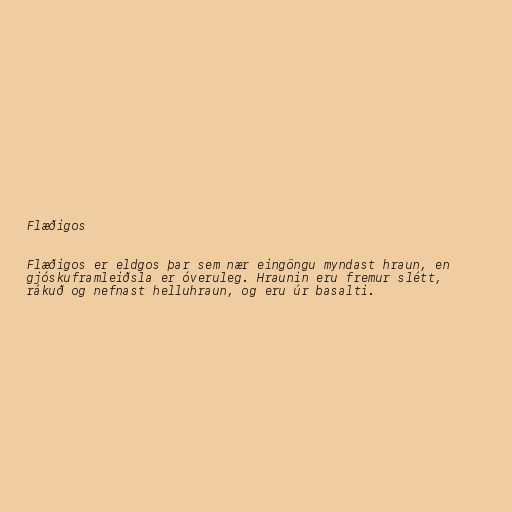
Flæðigos

Flæðigos er eldgos þar sem nær eingöngu myndast hraun, en
gjóskuframleiðsla er óveruleg. Hraunin eru fremur slétt,
rákuð og nefnast helluhraun, og eru úr basalti.